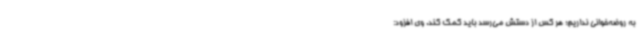
به روضه‌خوانی نداریم؛ هر کس از دستش می‌رسد باید کمک کند. وی افزود: